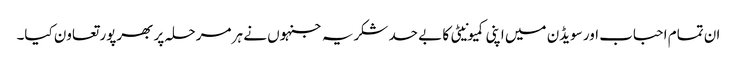
ان تمام احباب اور سویڈن میں اپنی کمیونیٹی کا بے حد شکریہ جنہوں نے ہر مرحلہ پر بھرپور تعاون کیا۔